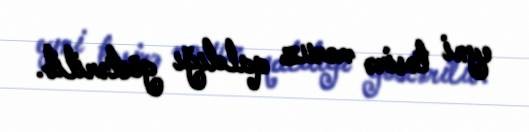
eyni təsirə məruz qaldığı göstərilib.